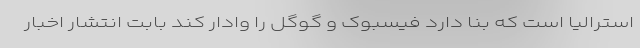
استرالیا است که بنا دارد فیسبوک و گوگل را وادار کند بابت انتشار اخبار